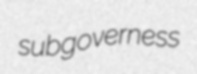
subgoverness